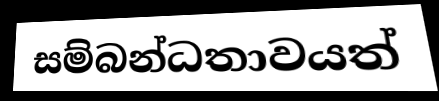
සම්බන්ධතාවයත්